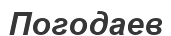
Погодаев